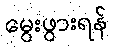
မွေးဖွားရန်